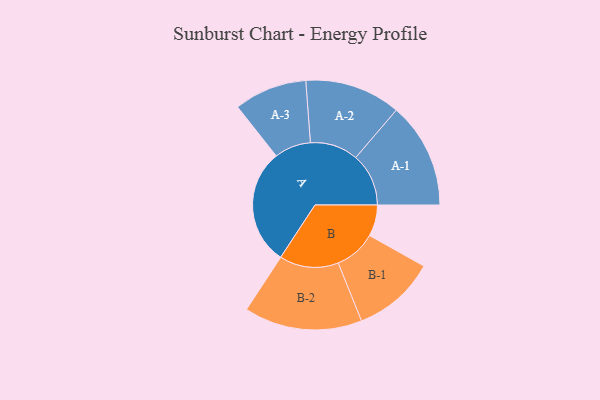
{"axis": {"x": "Segment", "y": "Value"}, "legend": ["", "A", "B"], "data": [{"x": "A", "y": 452, "type": ""}, {"x": "B", "y": 122, "type": ""}, {"x": "A-1", "y": 206, "type": "A"}, {"x": "A-2", "y": 187, "type": "A"}, {"x": "A-3", "y": 142, "type": "A"}, {"x": "B-1", "y": 162, "type": "B"}, {"x": "B-2", "y": 230, "type": "B"}]}